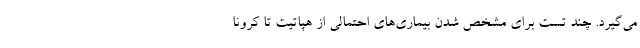
می‌گیرد. چند تست برای مشخص شدن بیماری‌های احتمالی از هپاتیت تا کرونا